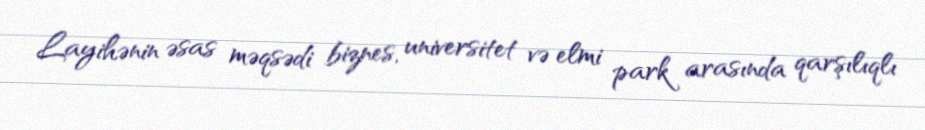
Layihənin əsas məqsədi biznes, universitet və elmi park arasında qarşılıqlı